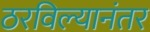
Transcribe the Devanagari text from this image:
ठरविल्यानंतर